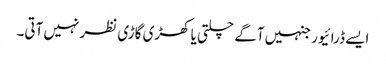
ایسے ڈرائیور جنہیں آگے چلتی یا کھڑی گاڑی نظر نہیں آتی۔